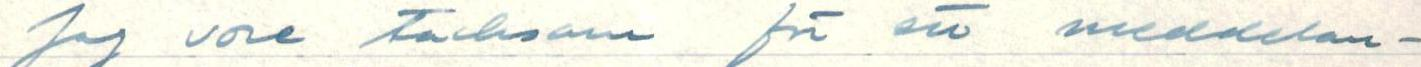
Jag vore tacksam för ett meddelan-